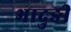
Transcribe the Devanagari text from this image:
भादुङी